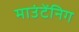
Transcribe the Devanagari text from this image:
माउंटेंनिग